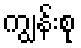
ကျွန်းစု